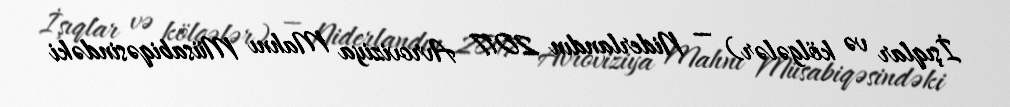
İşıqlar və kölgələr) — Niderlandın 2017 Avroviziya Mahnı Müsabiqəsindəki